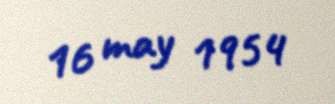
16 may 1954